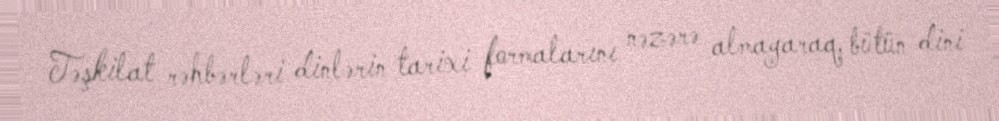
Təşkilat rəhbərləri dinlərin tarixi formalarını nəzərə almayaraq, bütün dini